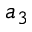
a _ { 3 }